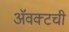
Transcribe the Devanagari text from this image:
ॲवक्टची